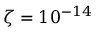
\zeta = 1 0 ^ { - 1 4 }